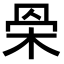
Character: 𣐷